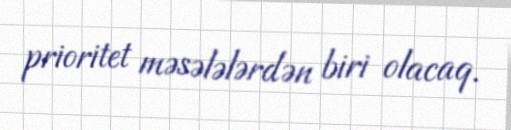
prioritet məsələlərdən biri olacaq.